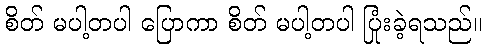
စိတ် မပါ့တပါ ပြောကာ စိတ် မပါ့တပါ ပြုံးခဲ့ရသည်။